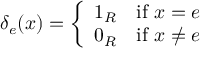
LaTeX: \delta _ { e } ( x ) = { \left\{ \begin{array} { l l } { 1 _ { R } \quad { \mathrm { i f ~ } } x = e } \\ { 0 _ { R } \quad { \mathrm { i f ~ } } x \neq e } \end{array} \right. }